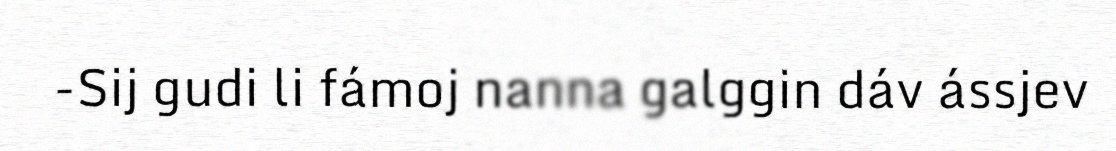
-Sij gudi li fámoj nanna galggin dáv ássjev